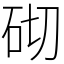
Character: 砌